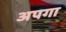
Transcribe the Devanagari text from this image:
अपगा